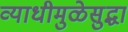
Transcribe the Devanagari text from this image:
व्याधीमुळेसुद्धा